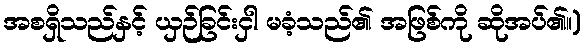
အစရှိသည်နှင့် ယှဉ်ခြင်းငှါ မခံ့သည်၏ အဖြစ်ကို ဆိုအပ်၏။)